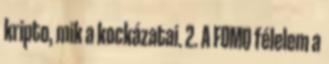
kripto, mik a kockázatai. 2. A FOMO félelem a